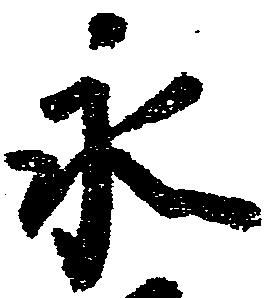
永